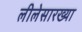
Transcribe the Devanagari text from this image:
लीलेसारख्या